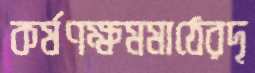
কর্ষণক্ষমমাঠেরদৃ